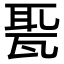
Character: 𤭗